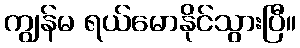
ကျွန်မ ရယ်မောနိုင်သွားပြီ။